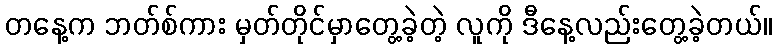
တနေ့က ဘတ်စ်ကား မှတ်တိုင်မှာတွေ့ခဲ့တဲ့ လူကို ဒီနေ့လည်းတွေ့ခဲ့တယ်။